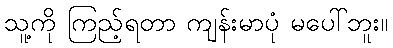
သူ့ကို ကြည့်ရတာ ကျန်းမာပုံ မပေါ်ဘူး။